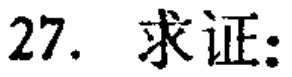
27. 求证: